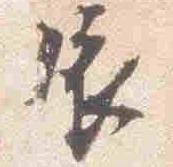
依